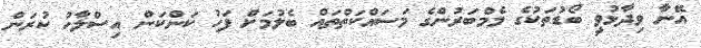
އޭނާ ވިދާޅުވީ ބޯޑުތަކުގެ މެމްބަރުންގެ މަސައްކަތްތައް ބެލުމަށް ފަހު ކަންކަން އިސްލާހު ކުރަން